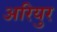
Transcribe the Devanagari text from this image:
अरियुर